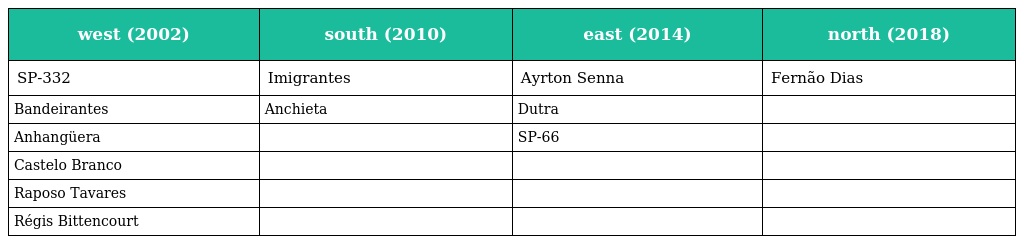
| west (2002) | south (2010) | east (2014) | north (2018) |
 | --- | --- | --- | --- |
 | SP-332 | Imigrantes | Ayrton Senna | Fernão Dias |
 | Bandeirantes | Anchieta | Dutra |  |
 | Anhangüera |  | SP-66 |  |
 | Castelo Branco |  |  |  |
 | Raposo Tavares |  |  |  |
 | Régis Bittencourt |  |  |  |